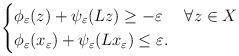
LaTeX: \begin{align*}\begin{cases}\phi_\varepsilon (z) + \psi_\varepsilon (Lz) \geq - \varepsilon & \forall z\in X\\\phi_\varepsilon(x_\varepsilon) +\psi_\varepsilon(Lx_\varepsilon)\leq \varepsilon.\end{cases}\end{align*}